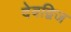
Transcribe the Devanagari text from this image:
देवद्विज